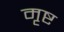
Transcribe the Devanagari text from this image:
मृष्ट